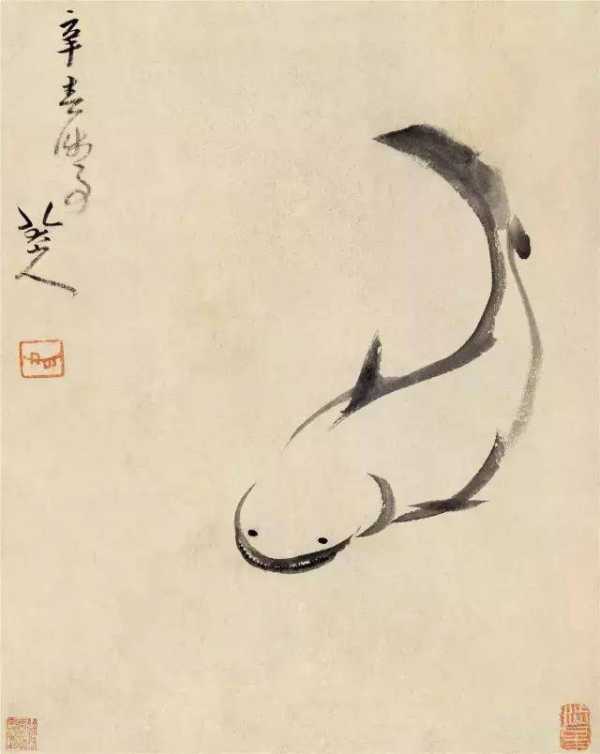
寒波淡淡起，白鸟悠悠下。